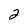
Character: 2